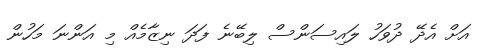
އަށް އެދޭ ދުވަހު ލައިސަންސް ލިބޭނެ ފަދަ ނިޒާމެއް މި އަންނަ މަހުން